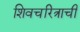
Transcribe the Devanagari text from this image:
शिवचरित्राची